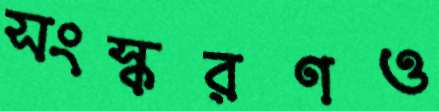
সংস্করণও